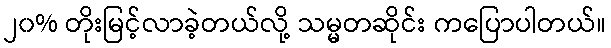
၂၀% တိုးမြင့်လာခဲ့တယ်လို့ သမ္မတဆိုင်း ကပြောပါတယ်။